Vaccination in Burma 1920-1933 - 1920-1933
Year: 1920
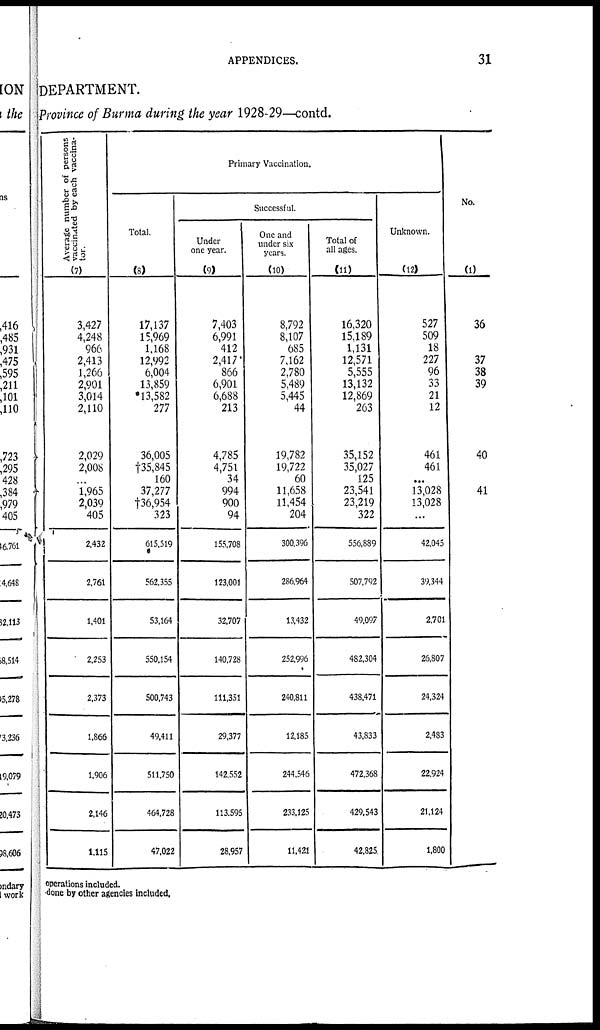
APPENDICES.
31
DEPARTMENT.
Province of Burma during the year 1928-29—contd.
Average number of persons
vaccinated by each vaccina-
tor.
(7)
3,427
4,248
966
2,413
1,266
2,901
3,014
2,110
2,029
2,008
...
1,965
2,039
405
2,432
2,761
1,401
2,253
2,373
1,866
1,906
2,146
1,115
Primary Vaccination.
Total.
(8)
17,137
15,969
1,168
12,992
6,004
13,859
*13,582
277
36,005
†35,845
160
37,277
†36,954
323
615,519
*
562,355
53,164
550,154
500,743
49,411
511,750
464,728
47,022
Successful.
Under
one year.
(9)
7,403
6,991
412
2,417
866
6,901
6,688
213
4,785
4,751
34
994
900
94
155,708
123,001
32,707
140,728
111,351
29,377
142,552
113,595
28,957
One and
under six
years.
(10)
8,792
8,107
685
7,162
2,780
5,489
5,445
44
19,782
19,722
60
11,658
11,454
204
300,396
286,964
13,432
252,996
240,811
12,185
244,546
233,125
11,421
Total of
all ages.
(11)
16,320
15,189
1,131
12,571
5,555
13,132
12,869
263
35,152
35,027
125
23,541
23,219
322
556,889
507,792
49,097
482,304
438,471
43,833
472,368
429,543
42,825
Unknown.
(12)
527
509
18
227
96
33
21
12
461
461
...
13,028
13,028
...
42,045
39,344
2,701
26,807
24,324
2,483
22,924
21,124
1,800
No.
(1)
36
37
38
39
40
41
operations included.
done by other agencies included.